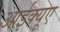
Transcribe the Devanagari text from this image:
आईक्यूए